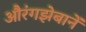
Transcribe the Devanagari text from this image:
औरंगझेबानें